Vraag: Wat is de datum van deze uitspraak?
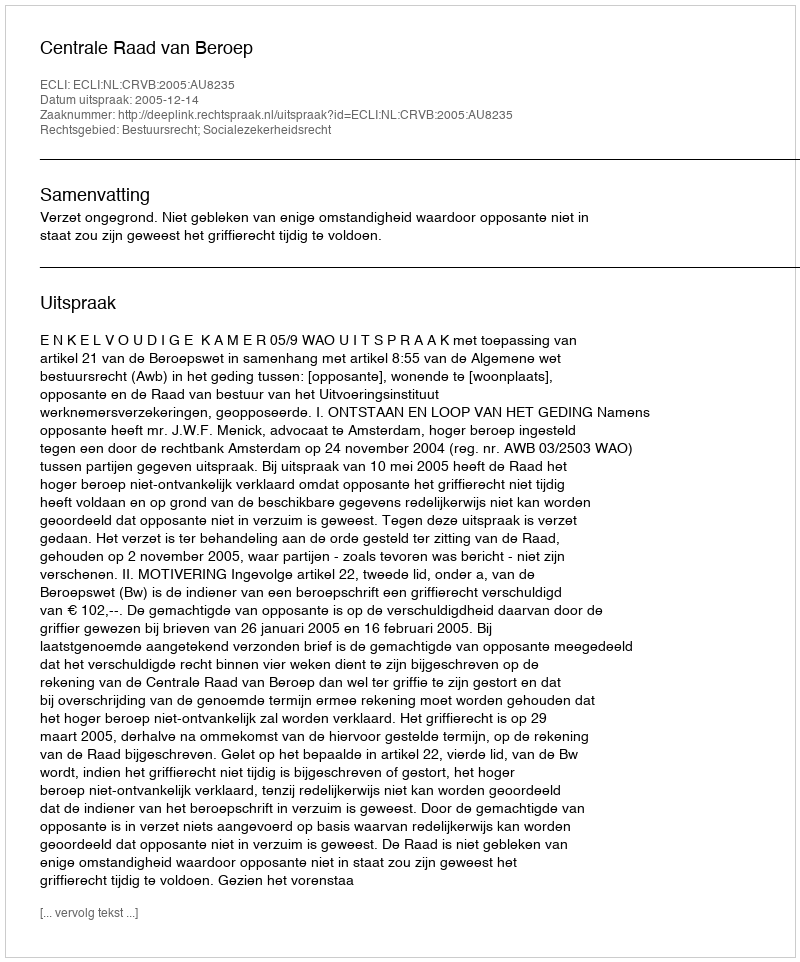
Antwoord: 2005-12-14